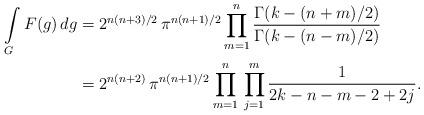
LaTeX: \begin{align*} \int\limits_GF(g)\,dg&=2^{n(n+3)/2}\,\pi^{n(n+1)/2}\prod_{m=1}^n\frac{\Gamma(k-(n+m)/2)}{\Gamma(k-(n-m)/2)}\\ &=2^{n(n+2)}\,\pi^{n(n+1)/2}\prod_{m=1}^n\,\prod_{j=1}^m\frac{1}{2k-n-m-2+2j}.\end{align*}